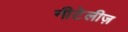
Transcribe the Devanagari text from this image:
नीटेलीज़